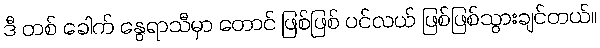
ဒီ တစ် ခေါက် နွေရာသီမှာ တောင် ဖြစ်ဖြစ် ပင်လယ် ဖြစ်ဖြစ်သွားချင်တယ်။